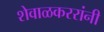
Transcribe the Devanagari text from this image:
शेवाळकररांनी